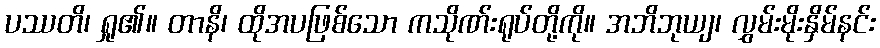
ပဿတိ၊ ရှု၏။ တာနိ၊ ထိုအပဖြစ်သော ကသိုဏ်းရုပ်တို့ကို။ အဘိဘုယျ၊ လွှမ်းမိုးနှိမ်နင်း